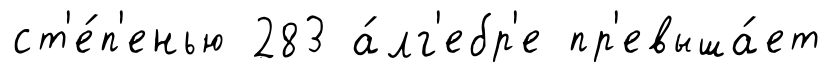
ст'е́п'енью 283 а́лг'ебр'е пр'евыша́ет